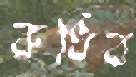
রুধিব